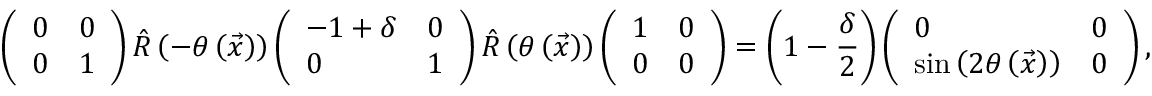
\left( \begin{array} { l l } { 0 } & { 0 } \\ { 0 } & { 1 } \end{array} \right) \hat { R } \left( - \theta \left( \vec { x } \right) \right) \left( \begin{array} { l l } { - 1 + \delta } & { 0 } \\ { 0 } & { 1 } \end{array} \right) \hat { R } \left( \theta \left( \vec { x } \right) \right) \left( \begin{array} { l l } { 1 } & { 0 } \\ { 0 } & { 0 } \end{array} \right) = \left( 1 - \frac { \delta } { 2 } \right) \left( \begin{array} { l l } { 0 } & { 0 } \\ { \sin { \left( 2 \theta \left( \vec { x } \right) \right) } } & { 0 } \end{array} \right) ,